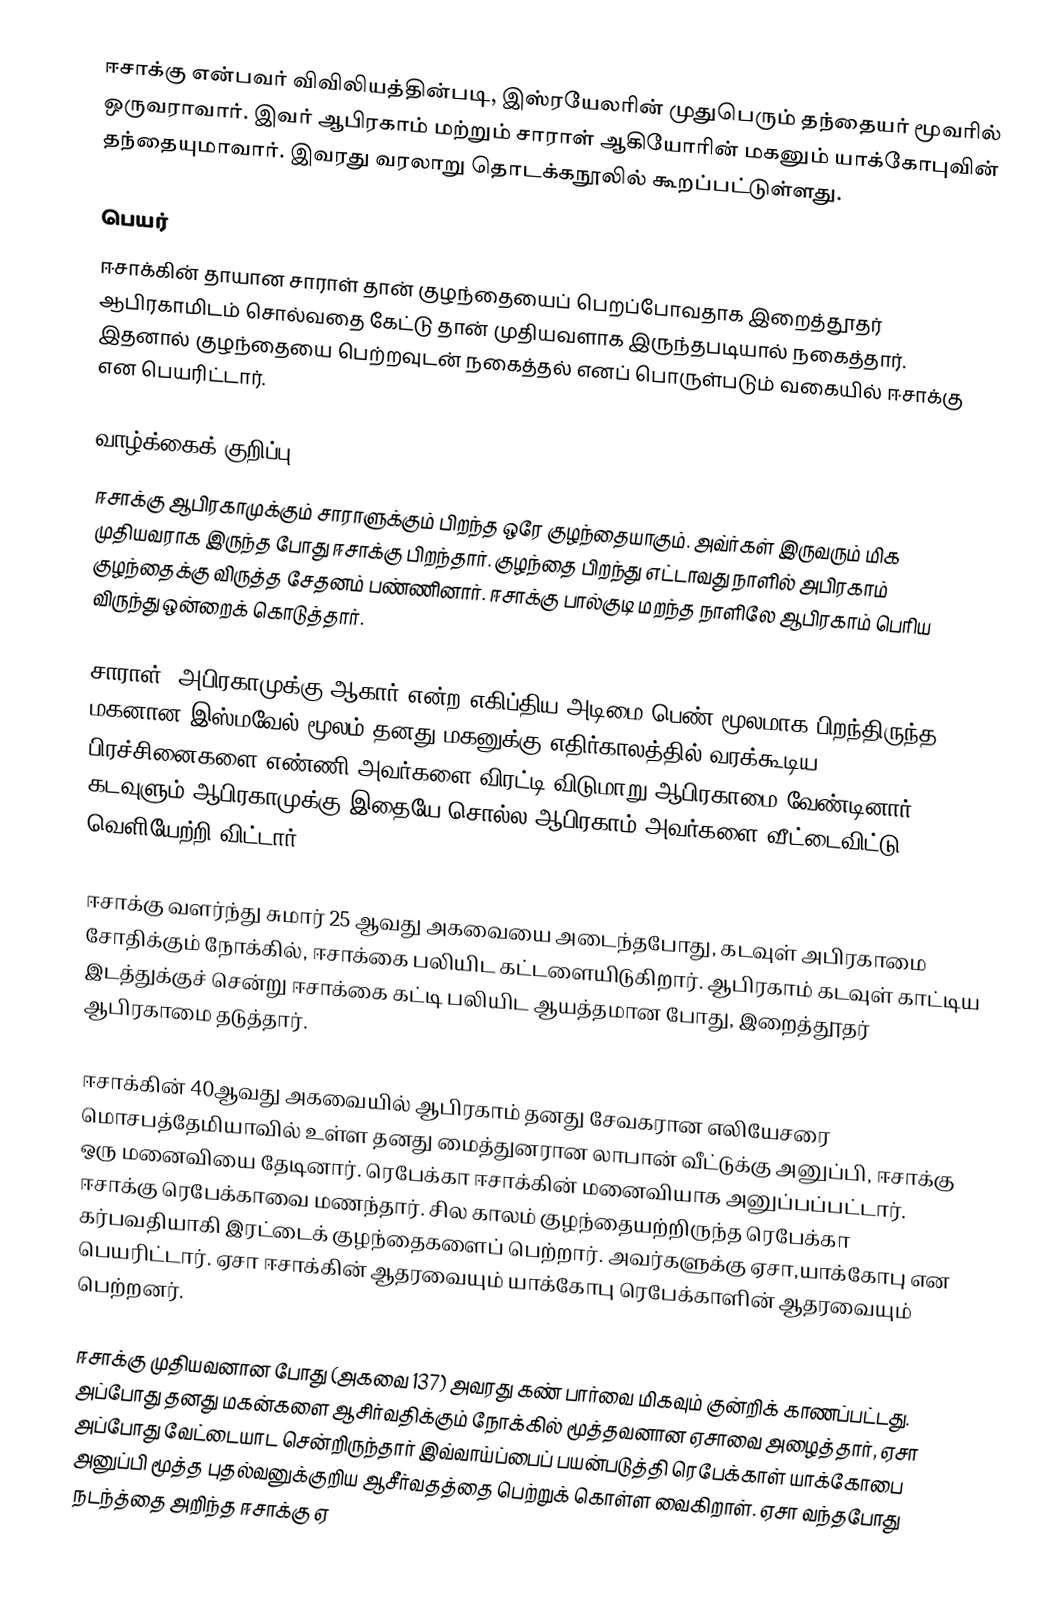
ஈசாக்கு என்பவர் விவிலியத்தின்படி, இஸ்ரயேலரின் முதுபெரும் தந்தையர் மூவரில் ஒருவராவார். இவர் ஆபிரகாம் மற்றும் சாராள் ஆகியோரின் மகனும் யாக்கோபுவின் தந்தையுமாவார். இவரது வரலாறு தொடக்கநூலில் கூறப்பட்டுள்ளது.

பெயர்
ஈசாக்கின் தாயான சாராள் தான் குழந்தையைப் பெறப்போவதாக இறைத்தூதர் ஆபிரகாமிடம் சொல்வதை கேட்டு தான் முதியவளாக இருந்தபடியால் நகைத்தார். இதனால் குழந்தையை பெற்றவுடன் நகைத்தல் எனப் பொருள்படும் வகையில் ஈசாக்கு என பெயரிட்டார்.

வாழ்க்கைக் குறிப்பு
ஈசாக்கு ஆபிரகாமுக்கும் சாராளுக்கும் பிறந்த ஒரே குழந்தையாகும். அவ்ர்கள் இருவரும் மிக முதியவராக இருந்த போது ஈசாக்கு பிறந்தார். குழந்தை பிறந்து எட்டாவது நாளில் அபிரகாம் குழந்தைக்கு விருத்த சேதனம் பண்ணினார். ஈசாக்கு பால்குடி மறந்த நாளிலே ஆபிரகாம் பெரிய விருந்து ஒன்றைக் கொடுத்தார்.

சாராள், அபிரகாமுக்கு ஆகார் என்ற எகிப்திய அடிமை பெண் மூலமாக பிறந்திருந்த மகனான இஸ்மவேல் மூலம் தனது மகனுக்கு எதிர்காலத்தில் வரக்கூடிய பிரச்சினைகளை எண்ணி அவர்களை விரட்டி விடுமாறு ஆபிரகாமை வேண்டினார். கடவுளும் ஆபிரகாமுக்கு இதையே சொல்ல ஆபிரகாம் அவர்களை வீட்டைவிட்டு வெளியேற்றி விட்டார்.

ஈசாக்கு வளர்ந்து சுமார் 25 ஆவது அகவையை அடைந்தபோது, கடவுள் அபிரகாமை சோதிக்கும் நோக்கில், ஈசாக்கை பலியிட கட்டளையிடுகிறார். ஆபிரகாம் கடவுள் காட்டிய இடத்துக்குச் சென்று ஈசாக்கை கட்டி பலியிட ஆயத்தமான போது, இறைத்தூதர் ஆபிரகாமை தடுத்தார்.

ஈசாக்கின் 40ஆவது அகவையில் ஆபிரகாம் தனது சேவகரான எலியேசரை மொசபத்தேமியாவில் உள்ள தனது மைத்துனரான லாபான் வீட்டுக்கு அனுப்பி, ஈசாக்கு ஒரு மனைவியை தேடினார். ரெபேக்கா ஈசாக்கின் மனைவியாக அனுப்பப்பட்டார். ஈசாக்கு ரெபேக்காவை மணந்தார். சில காலம் குழந்தையற்றிருந்த ரெபேக்கா கர்பவதியாகி இரட்டைக் குழந்தைகளைப் பெற்றார். அவர்களுக்கு ஏசா,யாக்கோபு என பெயரிட்டார். ஏசா ஈசாக்கின் ஆதரவையும் யாக்கோபு ரெபேக்காளின் ஆதரவையும் பெற்றனர்.

ஈசாக்கு முதியவனான போது (அகவை 137) அவரது கண் பார்வை மிகவும் குன்றிக் காணப்பட்டது. அப்போது தனது மகன்களை ஆசிர்வதிக்கும் நோக்கில் மூத்தவனான ஏசாவை அழைத்தார், ஏசா அப்போது வேட்டையாட சென்றிருந்தார் இவ்வாய்ப்பைப் பயன்படுத்தி ரெபேக்காள் யாக்கோபை அனுப்பி மூத்த புதல்வனுக்குறிய ஆசீர்வதத்தை பெற்றுக் கொள்ள வைகிறாள். ஏசா வந்தபோது நடந்த்தை அறிந்த ஈசாக்கு ஏ